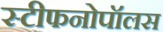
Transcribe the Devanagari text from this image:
स्टीफनोपॉलस